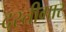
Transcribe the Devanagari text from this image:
दस्तीगार